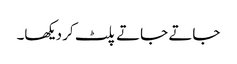
جاتے جاتے پلٹ کر دیکھا۔